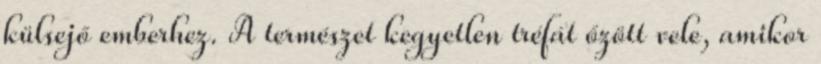
külsejő emberhez. A természet kegyetlen tréfát őzött vele, amikor